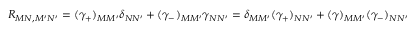
R _ { M N , M ^ { \prime } N ^ { \prime } } = ( \gamma _ { + } ) _ { M M ^ { \prime } } \delta _ { N N ^ { \prime } } + ( \gamma _ { - } ) _ { M M ^ { \prime } } \gamma _ { N N ^ { \prime } } = \delta _ { M M ^ { \prime } } ( \gamma _ { + } ) _ { N N ^ { \prime } } + ( \gamma ) _ { M M ^ { \prime } } ( \gamma _ { - } ) _ { N N ^ { \prime } }